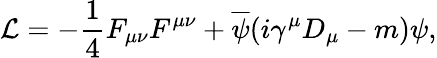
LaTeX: {\cal L}=-\frac{1}{4}F_{\mu\nu}F^{\mu\nu}+\overline{{{\psi}}}(i\gamma^{\mu}D_{\mu}-m)\psi,